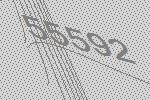
55592